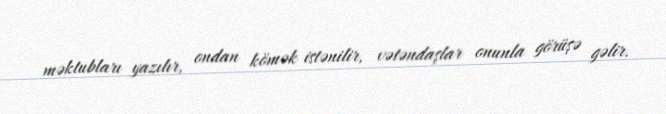
məktubları yazılır, ondan kömək istənilir, vətəndaşlar onunla görüşə gəlir.